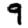
Digit: 9